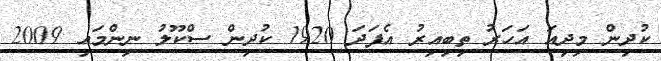
ކުދިން މިދިއަ އަހަރު ތިބިއިރު އެފަދަ 1920 ކުދިން ސްކޫލު ނިންމައި 2009